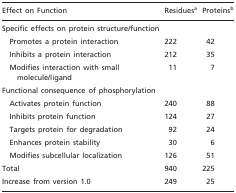
<table><thead><tr><td><b>Effect on Function</b></td><td><b>Residues<sup>a</sup></b></td><td><b>Proteins<sup>b</sup></b></td></tr></thead><tbody><tr><td>Specific effects on protein structure/function</td><td></td><td></td></tr><tr><td>Promotes a protein interaction</td><td>222</td><td>42</td></tr><tr><td>Inhibits a protein interaction</td><td>212</td><td>35</td></tr><tr><td>Modifies interaction with small molecule/ligand</td><td>11</td><td>7</td></tr><tr><td>Functional consequence of phosphorylation</td><td></td><td></td></tr><tr><td>Activates protein function</td><td>240</td><td>88</td></tr><tr><td>Inhibits protein function</td><td>124</td><td>27</td></tr><tr><td>Targets protein for degradation</td><td>92</td><td>24</td></tr><tr><td>Enhances protein stability</td><td>30</td><td>6</td></tr><tr><td>Modifies subcellular localization</td><td>126</td><td>51</td></tr><tr><td>Total</td><td>940</td><td>225</td></tr><tr><td>Increase from version 1.0</td><td>249</td><td>25</td></tr></tbody></table>